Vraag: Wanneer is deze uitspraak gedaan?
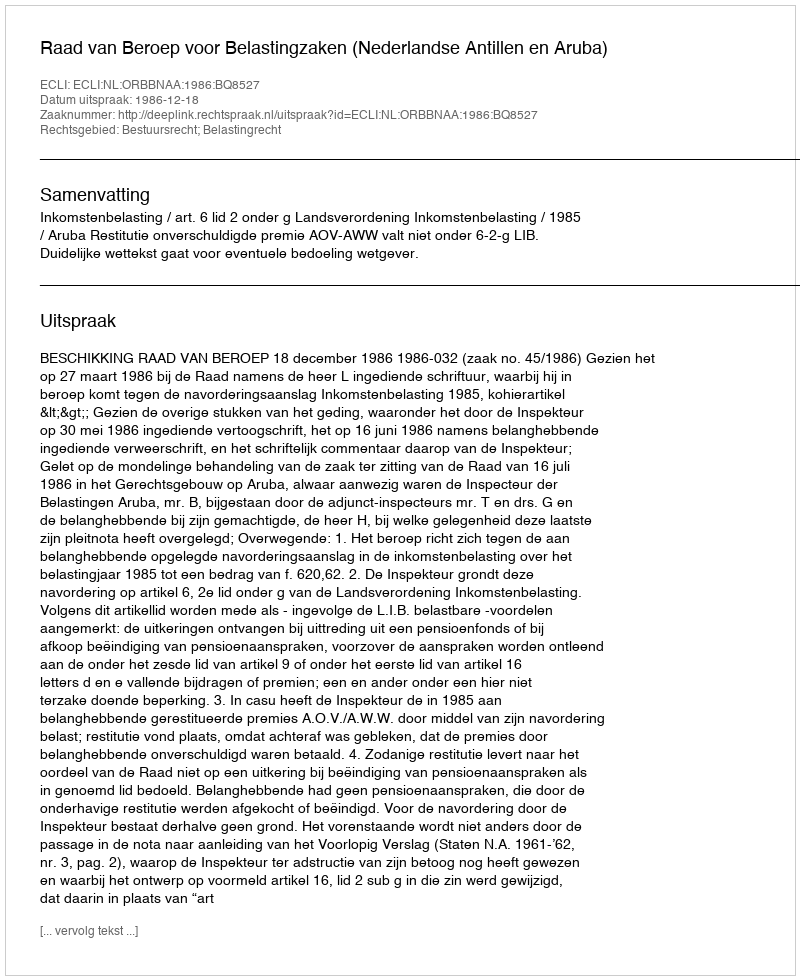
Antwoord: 1986-12-18